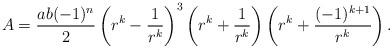
LaTeX: \begin{align*} A= \frac{ab(-1)^n }{2}\left(r^{k}-\frac1{r^k}\right)^3\left(r^{k}+\frac1{r^k}\right)\left(r^{k}+\frac{(-1)^{k+1}}{r^k}\right).\end{align*}